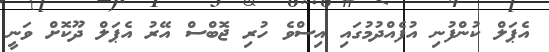
އެޕަލް ކުންފުނި އުފެއްދުމުގައި އިސްވެ ހުރި ޖޮބްސް އޭރު އެޕަލް ދޫކޮށް ވަނީ